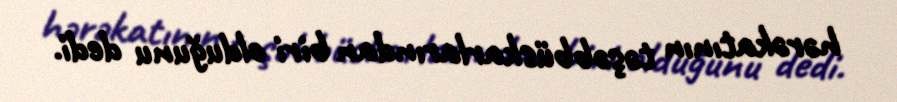
hərəkatının təşəbbüskarlarından biri olduğunu dedi.